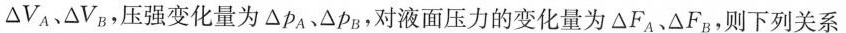
△V_{A}﹑△V_{B}，压强变化量为△_{A} P_{A}、△P_{B}，对液面压力的变化量为△F_{A}△F_{B}，则下列关系